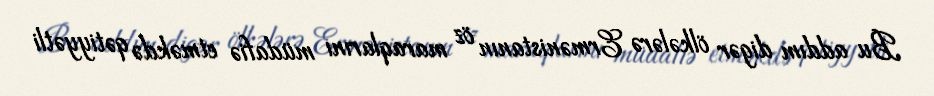
Bu addım digər ölkələrə Ermənistanın öz maraqlarını müdafiə etməkdə qətiyyətli